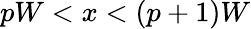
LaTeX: pW<x<(p+1)W